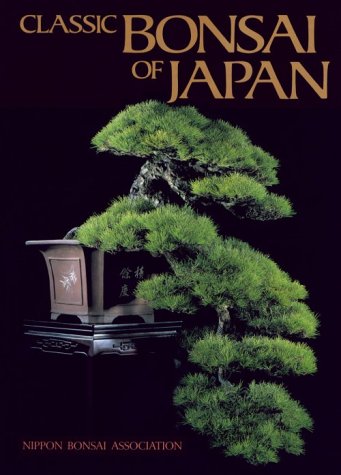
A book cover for Classic Bonsai of Japan; John Naka; Crafts, Hobbies & Home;